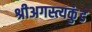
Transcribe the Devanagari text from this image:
श्रीअगस्त्यकुंड